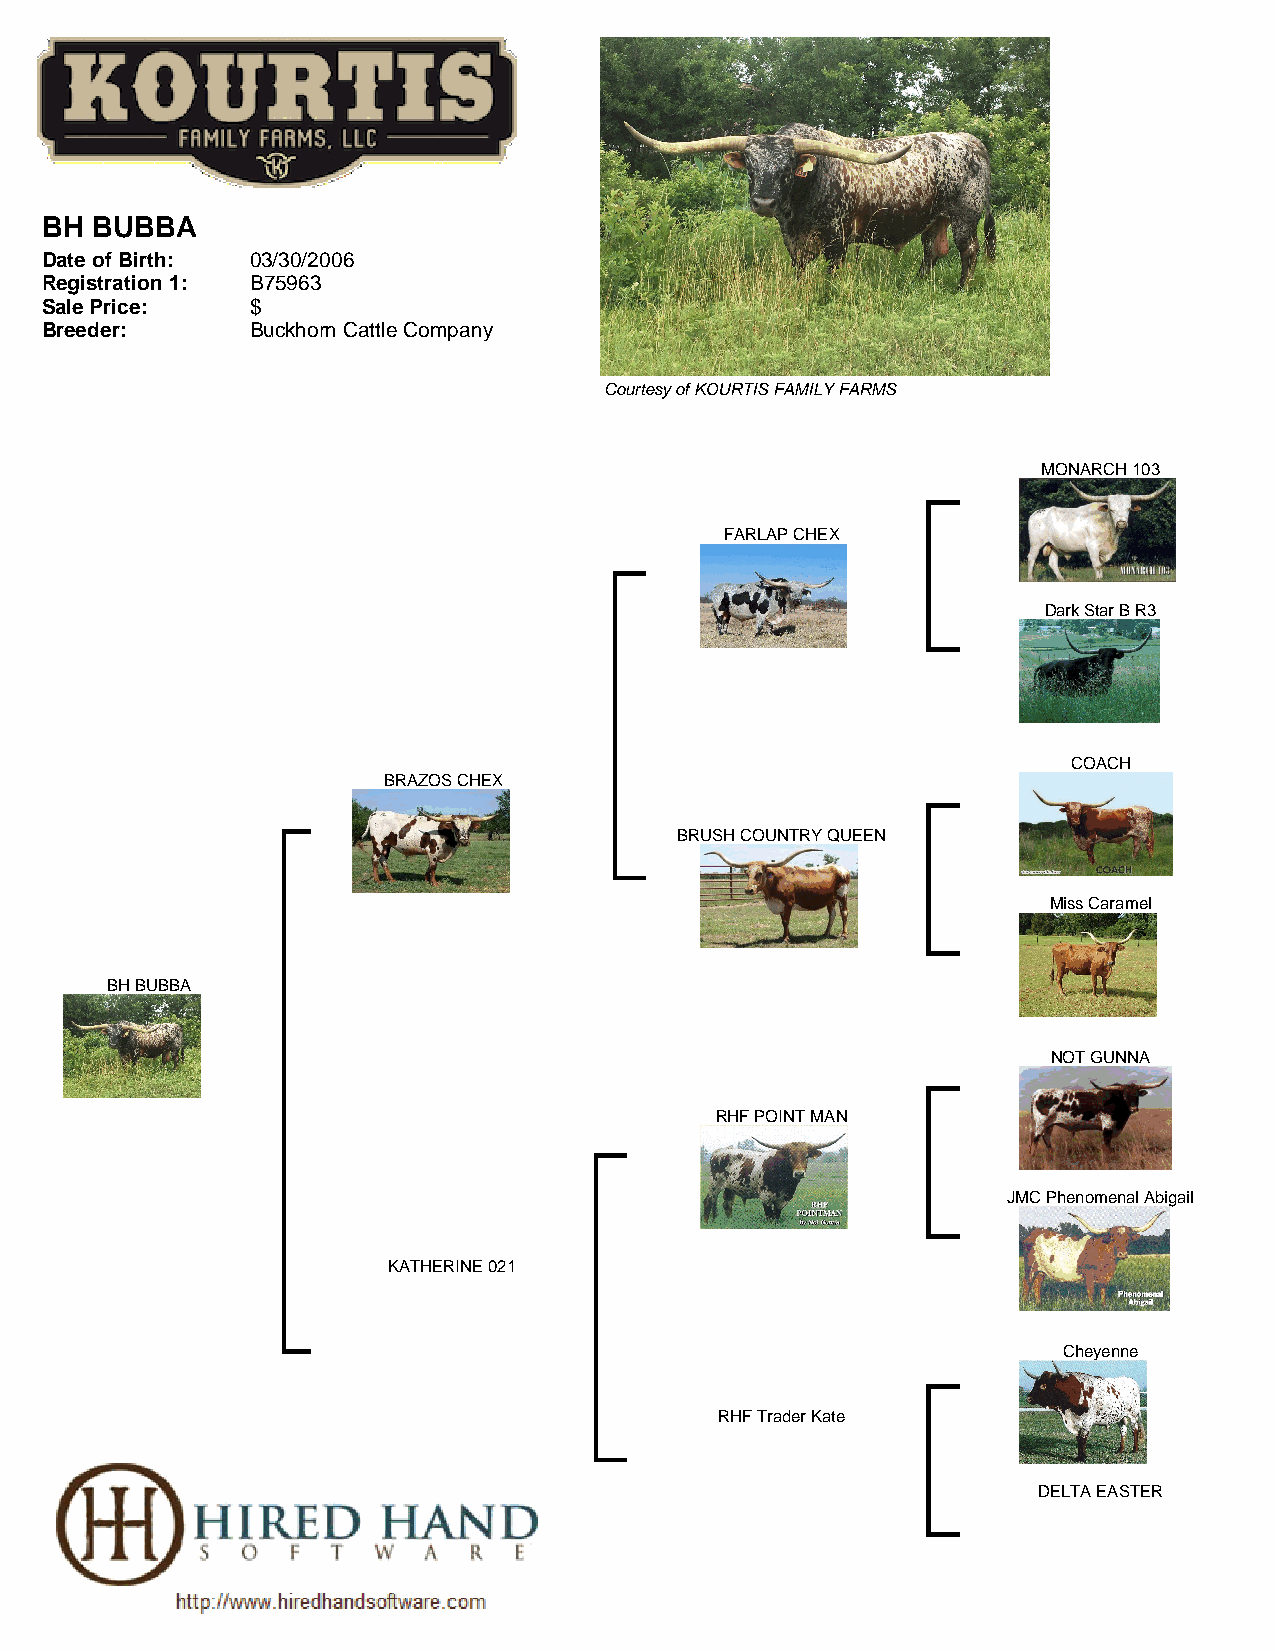
BH BUBBA
 Date of Birth: 03/30/2006
 Registration 1: B75963
 Sale Price:   $
 Breeder:      Buckhorn Cattle Company
 Courtesy of KOURTIS FAMILY FARMS
 MONARCH 103
 FARLAP CHEX
 Dark Star B R3
 COACH
 BRAZOS CHEX
 BRUSH COUNTRY QUEEN
 Miss Caramel
 BH BUBBA
 NOT GUNNA
 RHF POINT MAN
 JMC Phenomenal Abigail
 KATHERINE 021
 Cheyenne
 RHF Trader Kate
 DELTA EASTER